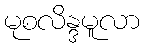
မုစလိန္ဒမူလာ